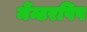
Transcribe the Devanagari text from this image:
मेंन्टरषिप